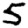
Digit: 5